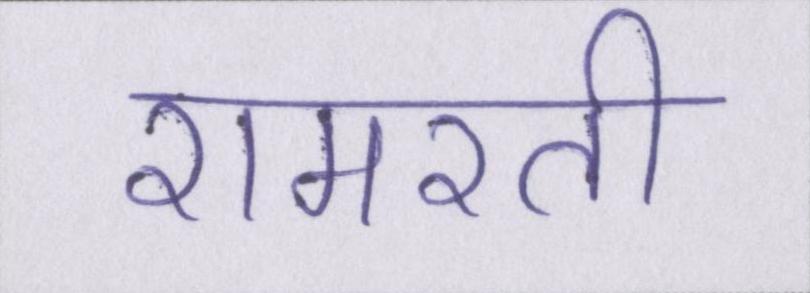
रामरती